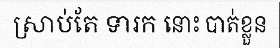
ស្រាប់តែ ទារក នោះ បាត់ខ្លួន